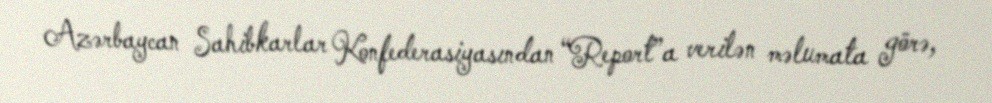
Azərbaycan Sahibkarlar Konfederasiyasından “Report”a verilən məlumata görə,